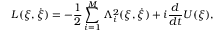
L ( \xi , \dot { \xi } ) = - \frac { 1 } { 2 } \sum _ { i = 1 } ^ { M } \Lambda _ { i } ^ { 2 } ( \xi , \dot { \xi } ) + i \frac { d } { d t } U ( \xi ) ,